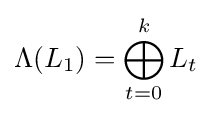
\Lambda (L_{1})=\bigoplus _{t=0}^{k}L_{t}